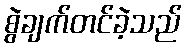
စွဲချက်တင်ခဲ့သည်